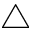
\triangle